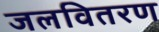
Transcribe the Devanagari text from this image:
जलवितरण